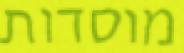
מוסדות